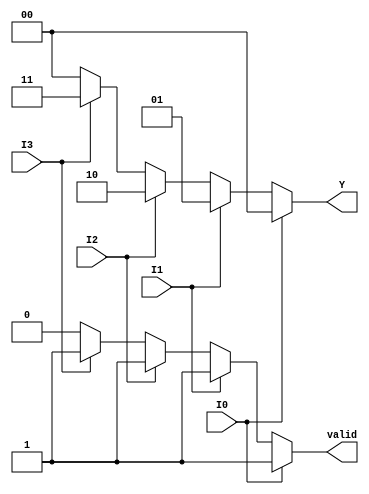
module priority_encoder (
    input wire I0,  // Highest priority input
    input wire I1,
    input wire I2,
    input wire I3,  // Lowest priority input
    output reg [1:0] Y,  // 2-bit output for the encoded value
    output reg valid  // Valid output signal
);

always @(*) begin
    // Default values
    Y = 2'b00;  // Default output when no inputs are active
    valid = 1'b0;  // Default valid signal

    // Priority encoding logic
    if (I0) begin
        Y = 2'b00;  // I0 is active
        valid = 1'b1;
    end else if (I1) begin
        Y = 2'b01;  // I1 is active
        valid = 1'b1;
    end else if (I2) begin
        Y = 2'b10;  // I2 is active
        valid = 1'b1;
    end else if (I3) begin
        Y = 2'b11;  // I3 is active
        valid = 1'b1;
    end
end

endmodule